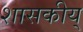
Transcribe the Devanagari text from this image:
शासकीय्